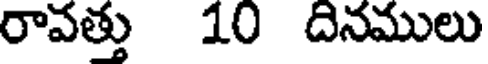
రావత్తు 10 దినములు